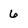
Character: 6